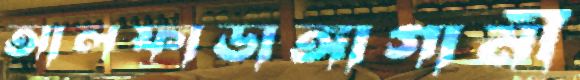
আলফাডাঙ্গাগামী